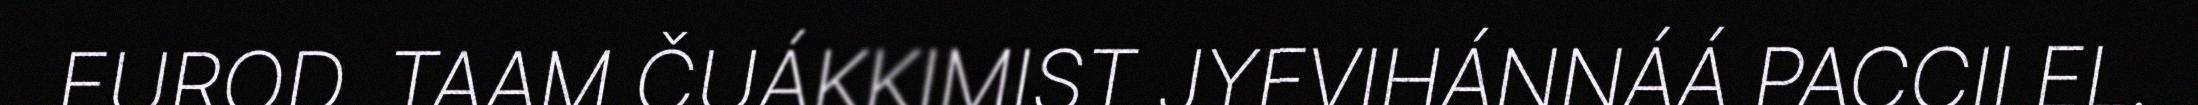
EUROD. TAAM ČUÁKKIMIST JYEVIHÁNNÁÁ PACCII EL.